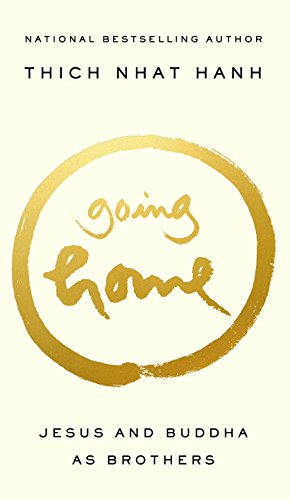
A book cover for Going Home: Jesus and Buddha as Brothers; Thich Nhat Hanh; Christian Books & Bibles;